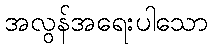
အလွန်အရေးပါသော